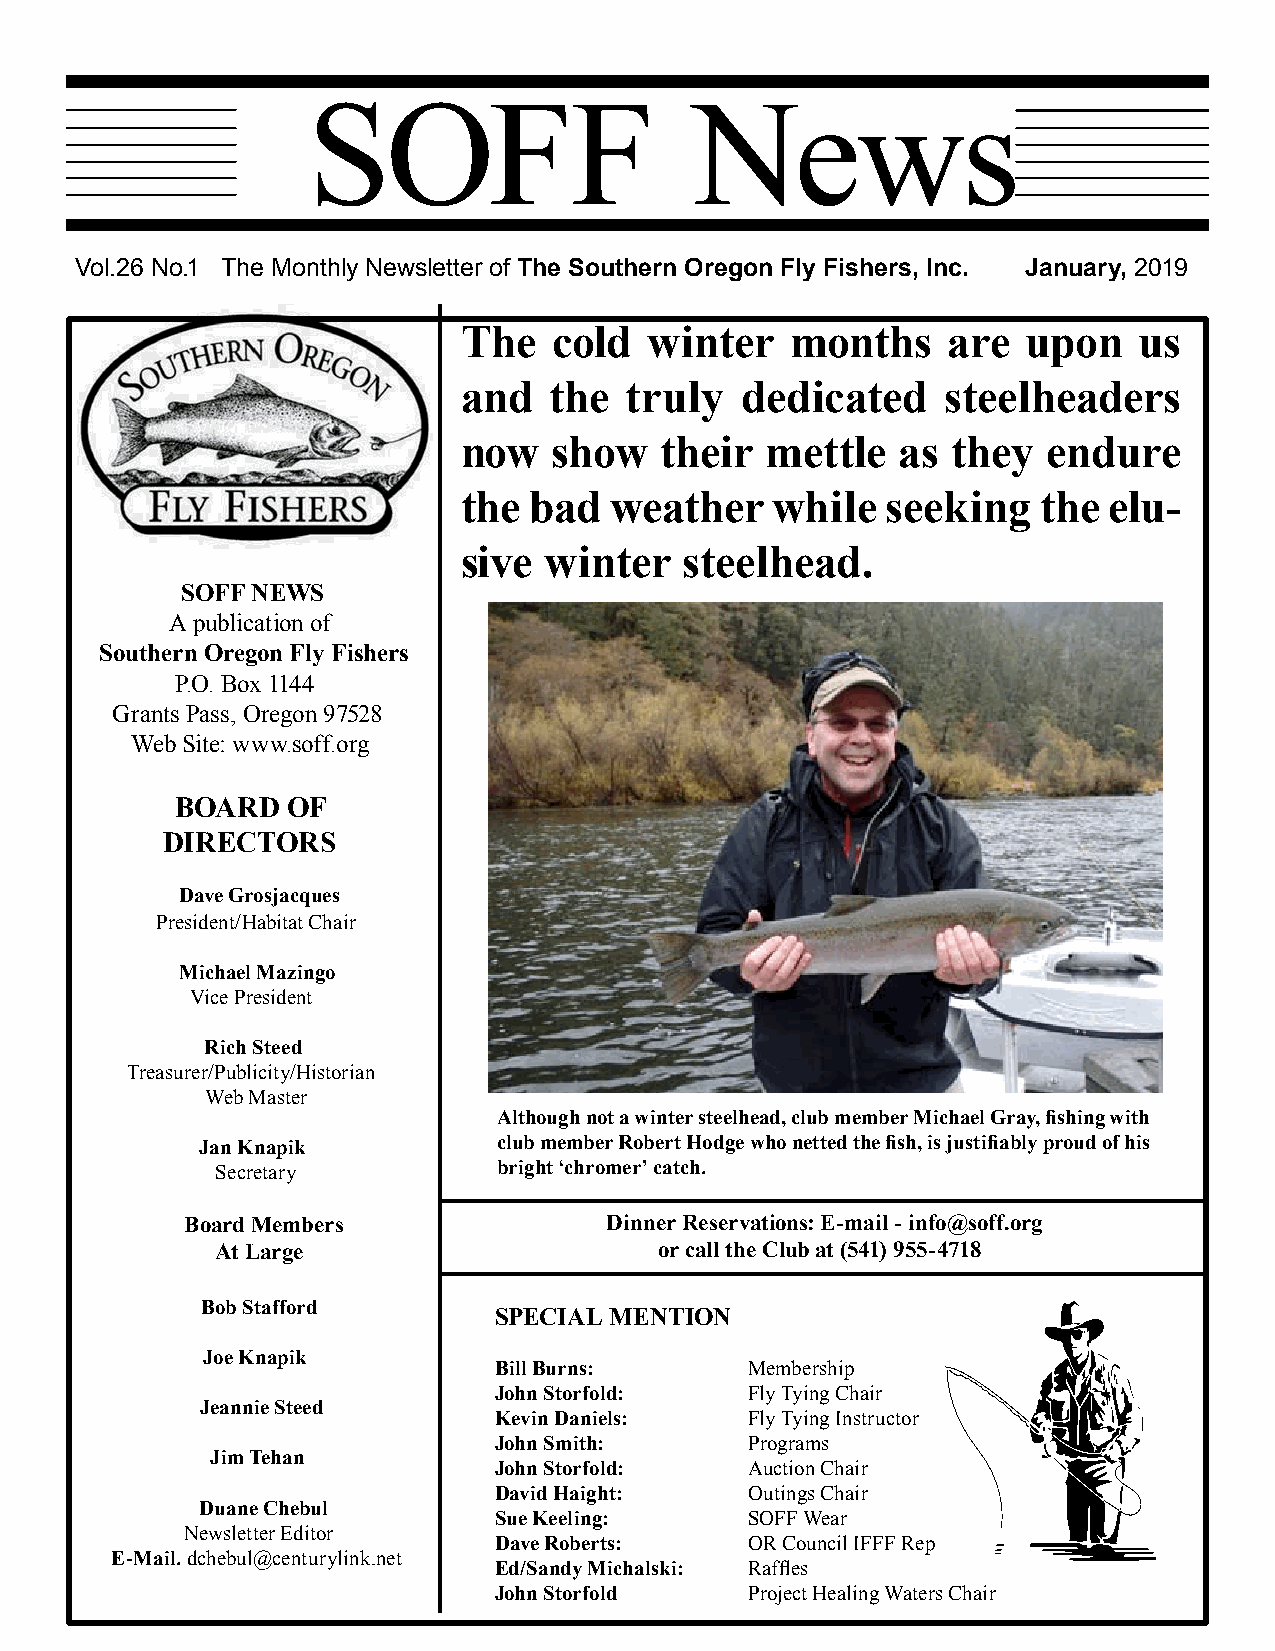
SOFF                      News
 Vol.26 No.1 The Monthly Newsletter of The Southern Oregon Fly Fishers, Inc. January, 2019
 The    cold  winter   months     are  upon   us
 and   the  truly   dedicated     steelheaders
 now    show   their  mettle   as they  endure
 the  bad  weather    while   seeking   the elu-
 sive  winter   steelhead.
 SOFF NEWS
 A publication of
 Southern Oregon Fly Fishers
 P.O. Box 1144
 Grants Pass, Oregon 97528
 Web Site: www.soff.org
 BOARD  OF
 DIRECTORS
 Dave Grosjacques
 President/Habitat Chair
 Michael Mazingo
 Vice President
 Rich Steed
 Treasurer/Publicity/Historian
 Web Master
 Although not a winter steelhead, club member Michael Gray, fishing with
 Jan Knapik          club member Robert Hodge who netted the fish, is justifiably proud of his
 Secretary          bright ‘chromer’ catch.
 Board Members               Dinner Reservations: E-mail - info@soff.org
 At Large                      or call the Club at (541) 955-4718
 Bob Stafford
 SPECIAL MENTION
 Joe Knapik
 Bill Burns:      Membership
 John Storfold:   Fly Tying Chair
 Jeannie Steed
 Kevin Daniels:   Fly Tying Instructor
 John Smith:      Programs
 Jim Tehan
 John Storfold:   Auction Chair
 David Haight:    Outings Chair
 Duane Chebul
 Sue Keeling:     SOFF Wear
 Newsletter Editor
 Dave Roberts:    OR Council IFFF Rep
 E-Mail. dchebul@centurylink.net
 Ed/Sandy Michalski: Raffles
 John Storfold    Project Healing Waters Chair